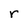
Character: r